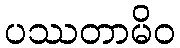
ပဿတာမိဝ